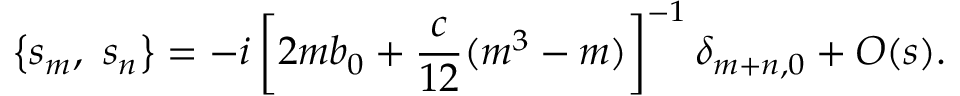
\left\{ s _ { m } , \ s _ { n } \right\} = - i \left[ 2 m b _ { 0 } + \frac { c } { 1 2 } ( m ^ { 3 } - m ) \right] ^ { - 1 } \delta _ { m + n , 0 } + { \cal O } ( s ) .